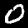
Label: 0